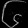
Digit: ၆